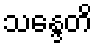
သန္ဒေတိ